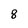
Character: 8